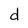
Character: d